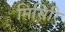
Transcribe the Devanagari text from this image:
मिसिरि